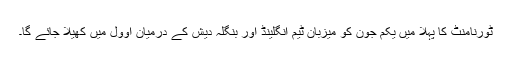
ٹورنامنٹ کا پہلا میں یکم جون کو میزبان ٹیم انگلینڈ اور بنگلہ دیش کے درمیان اوول میں کھیلا جائے گا۔